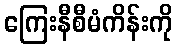
ကြေးနီစီမံကိန်းကို